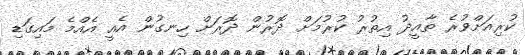
ކުރިއަށްވުރެ ތާއީދު އިތުރުު ކުރުމަށް ދޮރުން ދޮރަށް ހިނގުން އެއީ އެއްމެ މައިގަޑި